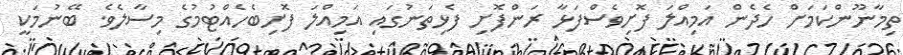
ތިމާނޫންކަމަށް ހެދެން އަމިއްލަ ފޮށިވެސްފަޅާ ރަންފޮށި ފެޅިތަނުގައި އަމިއްލަ ފޮށިބެހެއްޓުމުގެ މިސާލެވެ. ބޭނުމަކީ